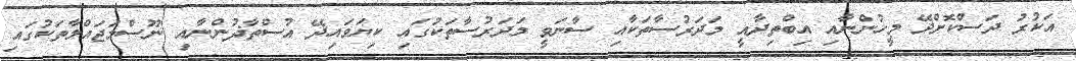
އަކުރު ދަސްކޮށްދޭ މީހުންނާއި އިބްތިދާއީ މަދަރުސާތަކާއި ސާނަވީ މަދަރުސާތަކުގައި ކިޔަވައިދޭ އުސްތާޛުންނާއި ނޫސްމަޖައްލާތަކުގައި